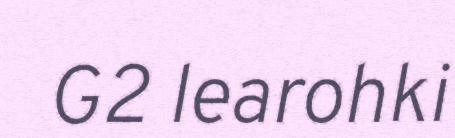
G2 learohki